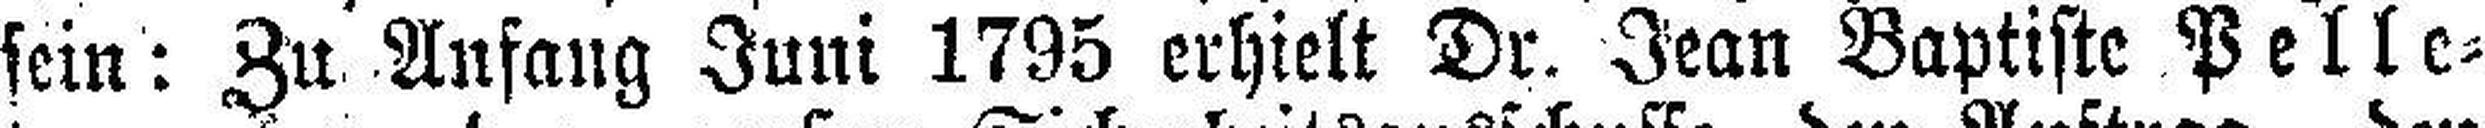
sein: Zu Anfang Juni 1795 erhielt Dr. Jean Baptiste Pelle¬